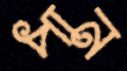
পান